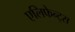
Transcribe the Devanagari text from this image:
एलिफेन्ट्स